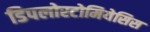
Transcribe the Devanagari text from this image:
डिपलोस्टोमियेसिस